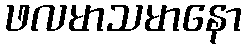
ဖလမာသမာနော